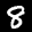
Label: 8